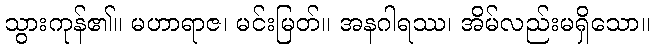
သွားကုန်၏။ မဟာရာဇ၊ မင်းမြတ်။ အနဂါရဿ၊ အိမ်လည်းမရှိသော။